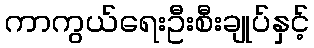
ကာကွယ်ရေးဦးစီးချုပ်နှင့်